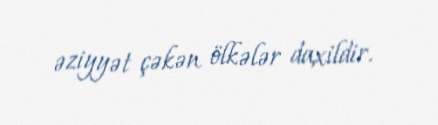
əziyyət çəkən ölkələr daxildir.